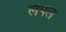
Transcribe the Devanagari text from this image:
लेपल